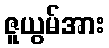
ဇူယွမ်အား